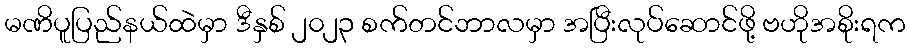
မဏိပူပြည်နယ်ထဲမှာ ဒီနှစ် ၂၀၂၃ စက်တင်ဘာလမှာ အပြီးလုပ်ဆောင်ဖို့ ဗဟိုအစိုးရက